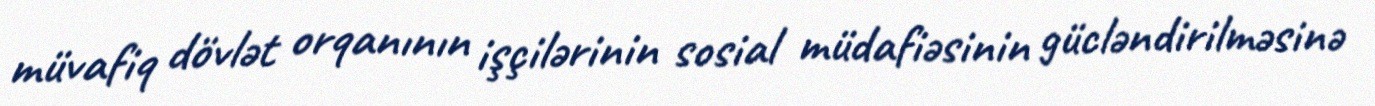
müvafiq dövlət orqanının işçilərinin sosial müdafiəsinin gücləndirilməsinə